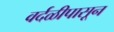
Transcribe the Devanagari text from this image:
वर्दळीपासून